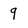
Character: 9